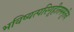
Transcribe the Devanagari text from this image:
भविष्यत्परिगृहीतममृतेन